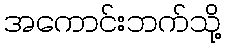
အကောင်းဘက်သို့